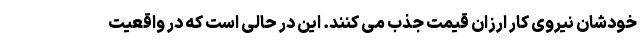
خودشان نیروی کار ارزان قیمت جذب می کنند. این در حالی است که در واقعیت